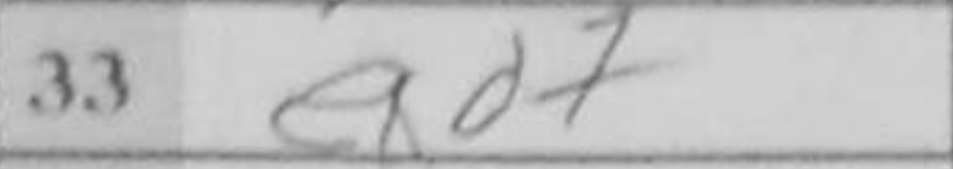
Transcription: exd7